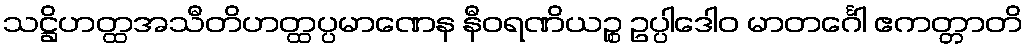
သဋ္ဌိဟတ္ထအသီတိဟတ္ထပ္ပမာဏေန နီဝရဏိယဉ္စ ဥပ္ပါဒေါဝ မာတင်္ဂေါ ဧကတ္တာတိ